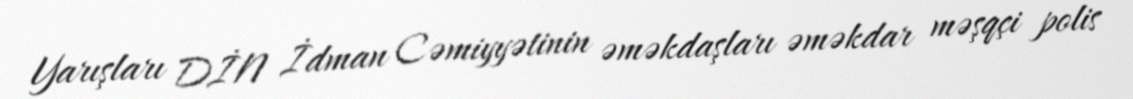
Yarışları DİN İdman Cəmiyyətinin əməkdaşları əməkdar məşqçi polis